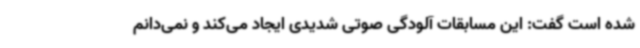
شده است گفت: این مسابقات آلودگی صوتی شدیدی ایجاد می‌کند و نمی‌دانم